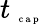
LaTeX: t_{\mathrm{~\tiny~c~a~p~}}